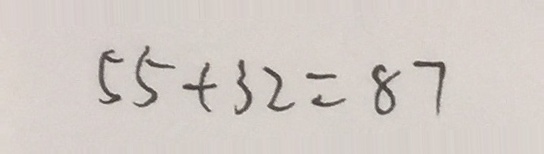
5 5 + 3 2 = 8 7